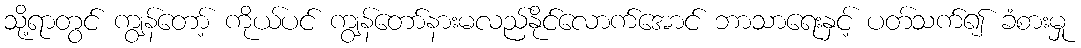
သို့ရာတွင် ကျွန်တော့် ကိုယ်ပင် ကျွန်တော်နားမလည်နိုင်လောက်အောင် ဘာသာရေးနှင့် ပတ်သက်၍ ခံစားမှု